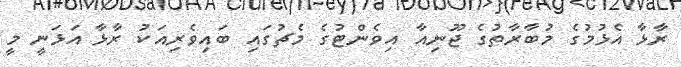
ރާޅާ އެޅުމުގެ މުބާރާތުގެ ޖޫނިއާ އިވެންޓުގެ މެޗުގައި ބައިވެރިއަކު ރާޅާ އަޅަނީ މީ